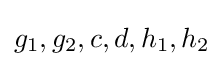
g_{1},g_{2},c,d,h_{1},h_{2}